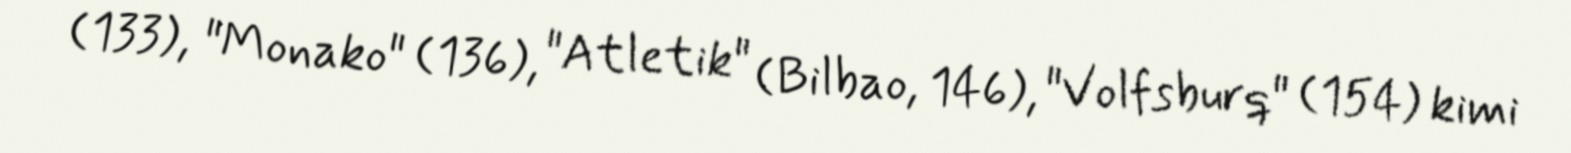
(133), "Monako" (136), "Atletik" (Bilbao, 146), "Volfsburq" (154) kimi